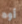
أوه